Annual report of the Punjab Veterinary College and of the Civil Veterinary Department, Punjab - 1894-1908
Year: 1894
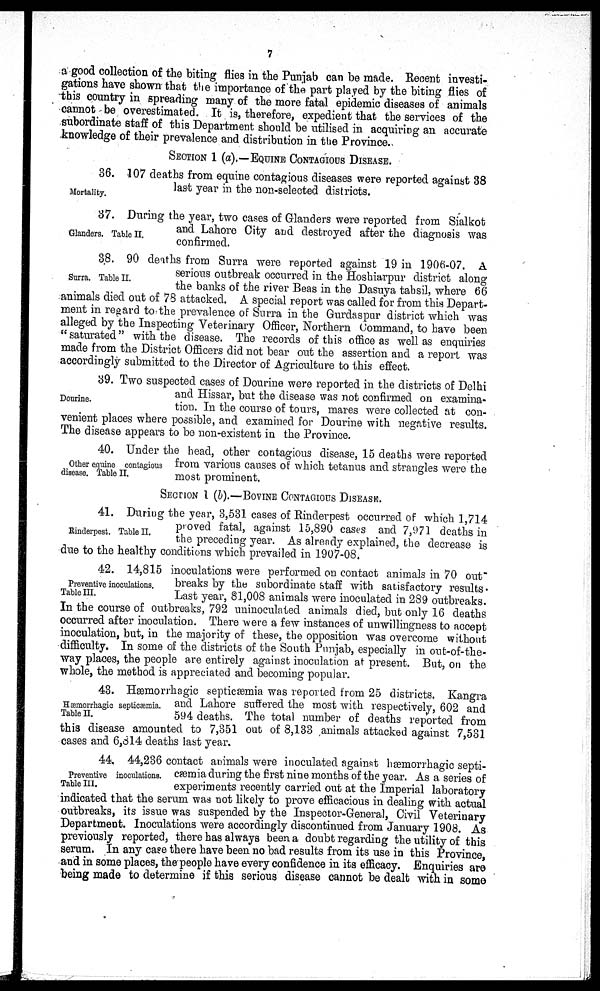
7
a good collection of the biting flies in the Punjab can be made. Recent investi-
gations have shown that the importance of the part played by the biting flies of
this country in spreading many of the more fatal epidemic diseases of animals
cannot be overestimated. It is, therefore, expedient that the services of the
subordinate staff of this Department should be utilised in acquiring an accurate
knowledge of their prevalence and distribution in the Province.
SECTION 1 (a).—EQUNE CONTAGIOUS DISEASE.
Mortality.
36. 107 deaths from equine contagious diseases were reported against 38
last year in the non-selected districts.
Glanders. Table II.
37. During the year, two cases of Glanders were reported from Sialkot
and Lahore City and destroyed after the diagnosis was
confirmed.
Surra. Table II.
38. 90 deaths from Surra were reported against 19 in 1906-07. A
serious outbreak occurred in the Hoshiarpur district along
the banks of the river Beas in the Dasuya tahsil, where 66
animals died out of 78 attacked. A special report was called for from this Depart-
ment in regard to the prevalence of Surra in the Gurdaspur district which was
alleged by the Inspecting Veterinary Officer, Northern Command, to have been
"saturated" with the disease. The records of this office as well as enquiries
made from the District Officers did not bear out the assertion and a report was
accordingly submitted to the Director of Agriculture to this effect.
Dourine.
39. Two suspected cases of Dourine were reported in the districts of Delhi
and Hissar, but the disease was not confirmed on examina-
tion. In the course of tours, mares were collected at con-
venient places where possible, and examined for Dourine with negative results.
The disease appears to be non-existent in the Province.
Other equine contagious
disease. Table II.
40. Under the head, other contagious disease, 15 deaths were reported
from various causes of which tetanus and strangles were the
most prominent.
SECTION 1 (b).—BOVINE CONTAGIOUS DISEASE.
Rinderpest. Table II.
41. During the year, 3,531 cases of Rinderpest occurred of which 1,714
proved fatal, against 15,890 cases and 7,971 deaths in
the preceding year. As already explained, the decrease is
due to the healthy conditions which prevailed in 1907-08.
Preventive inoculations.
Table III.
42. 14,815 inoculations were performed on contact animals in 70 out"
breaks by the subordinate staff with satisfactory results.
Last year, 81,008 animals were inoculated in 289 outbreaks.
In the course of outbreaks, 792 uninoculated animals died, but only 16 deaths
occurred after inoculation. There were a few instances of unwillingness to accept
inoculation, but, in the majority of these, the opposition was overcome without
difficulty. In some of the districts of the South Punjab, especially in out-of-the-
way places, the people are entirely against inoculation at present. But, on the
whole, the method is appreciated and becoming popular.
Hæmorrhagic septicæmia.
Table II.
43. Hæmorrhagic septicæmia was reported from 25 districts. Kangra
and Lahore suffered the most with respectively, 602 and
594 deaths. The total number of deaths reported from
this disease amounted to 7,351 out of 8,133 animals attacked against 7,531
cases and 6,814 deaths last year.
Preventive inoculations.
Table III.
44, 44,236 contact animals were inoculated against hæmorrhagic septi-
cæmia during the first nine months of the year. As a series of
experiments recently carried out at the Imperial laboratory
indicated that the serum was not likely to prove efficacious in dealing with actual
outbreaks, its issue was suspended by the Inspector-General, Civil Veterinary
Department. Inoculations were accordingly discontinued from January 1908. As
previously reported, there has always been a doubt regarding the utility of this
serum. In any case there have been no bad results from its use in this Province,
and in some places, the people have every confidence in its efficacy. Enquiries are
being made to determine if this serious disease cannot be dealt with in some